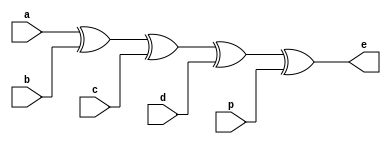
`timescale 1ns / 1ps
//////////////////////////////////////////////////////////////////////////////////
// Company: 
// Engineer: 
// 
// Design Name: 
// Module Name: pbc
// Project Name: 
// Target Devices: 
// Tool Versions: 
// Description: 
// 
// Dependencies: 
// 
// Revision:
// Revision 0.01 - File Created
// Additional Comments:
// 
//////////////////////////////////////////////////////////////////////////////////


module pbc(
input a,b,c,d,p,
output e

    );
    assign e = a^b^c^d^p;
endmodule